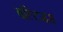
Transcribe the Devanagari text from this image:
बल्टिजस